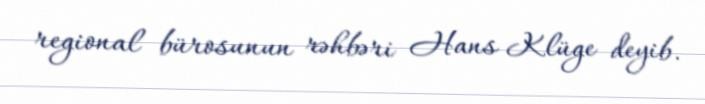
regional bürosunun rəhbəri Hans Klüge deyib.